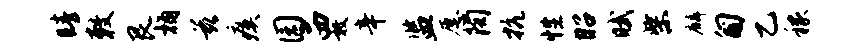
睛敕艮桷兹瘼园西敦辛监愿陶抗性昭赋柴麟匍乙稼